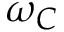
\omega _ { C }